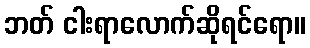
ဘတ် ငါးရာလောက်ဆိုရင်ရော။